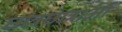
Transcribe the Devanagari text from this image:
छात्रछात्राओं